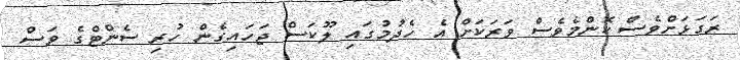
ރަގަޅަށްވެސް ކޮންމެވެސް ވަރަކަށް އެ ހެދުމުގައި ލޫކަސް ޖަހައިގެން ހުރި ސެންޓްގެ ވަސް